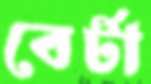
বের্টা